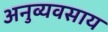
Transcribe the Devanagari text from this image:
अनुव्यवसाय